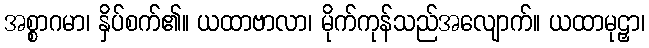
အစ္စာဂမာ၊ နှိပ်စက်၏။ ယထာဗာလာ၊ မိုက်ကုန်သည်အလျောက်။ ယထာမုဠှာ၊